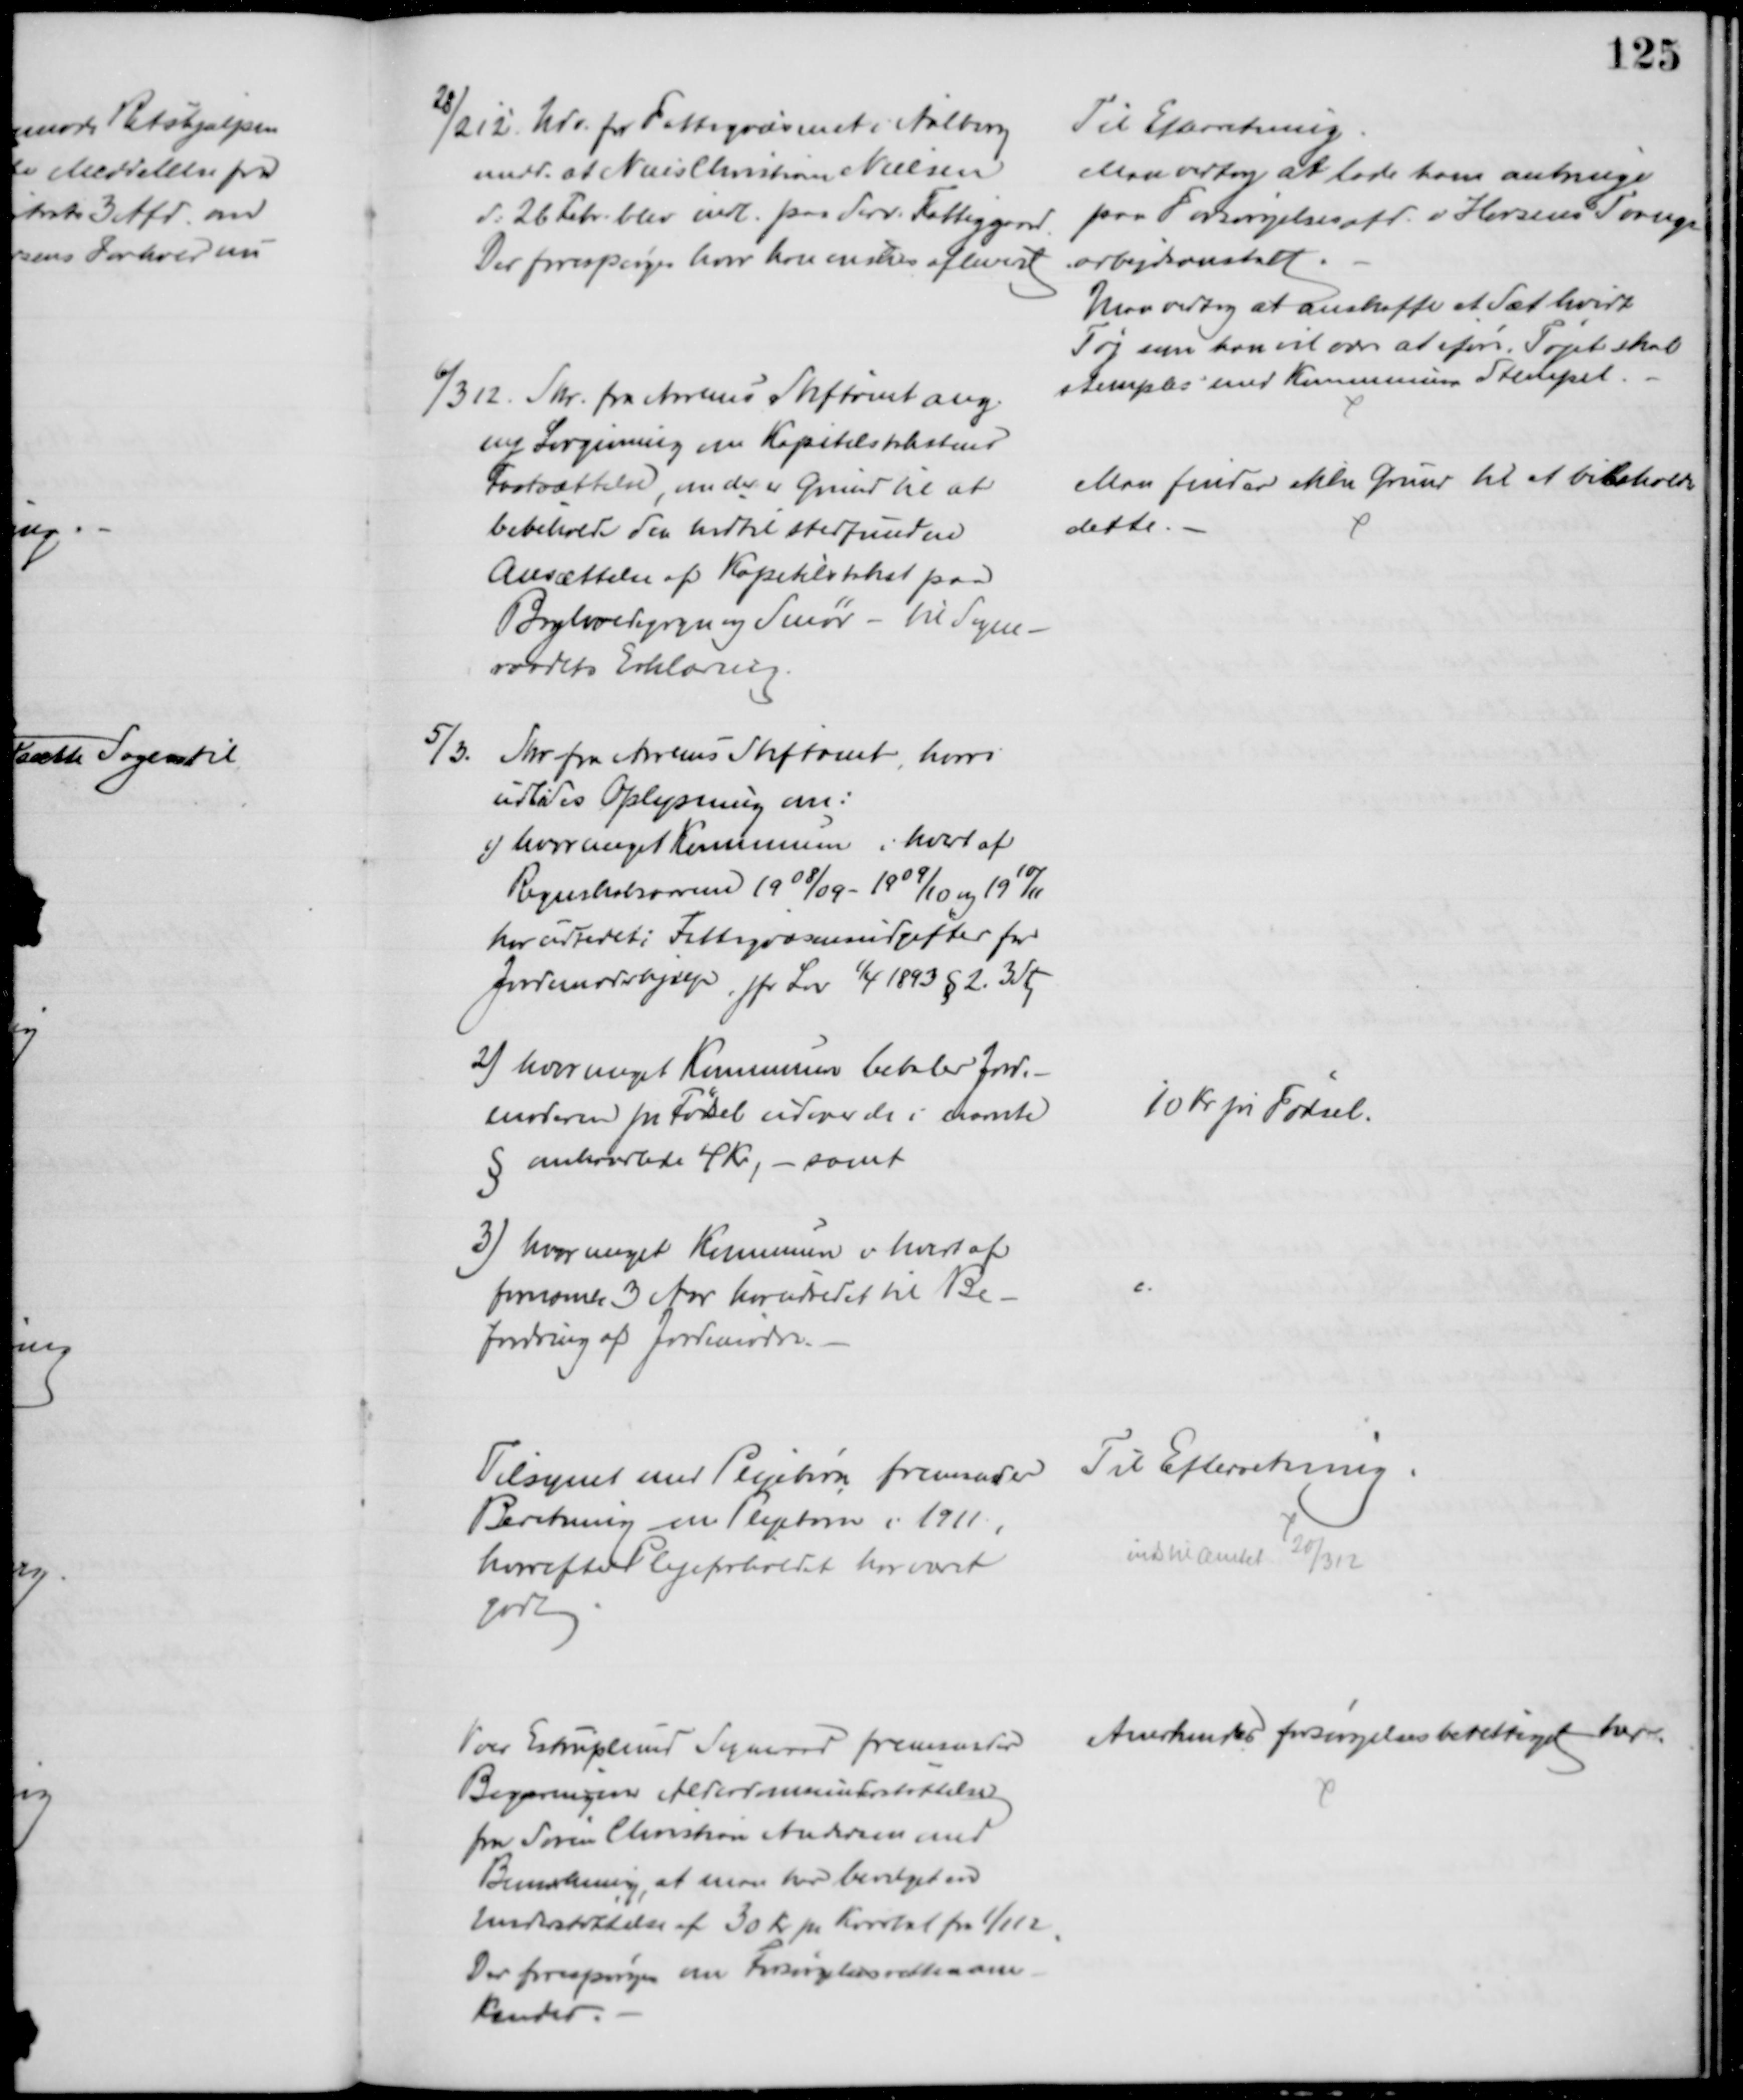
Transskription:
28/2 12. Udv. for Fattigvæsenet i Aalborg
medd. at Niels Christian Nielsen
d: 26 Febr. blev indl. paa derv. Fattiggaard.
Der forespørges hvor han ønskes afleveret
Til Efterretning
Man vedtog at lade ham anbringe
paa Forsørgelsesafd. v Horsens Tvangs
arbejdsanstalt.
Man vedtog at anskaffe at Sæt hvidt
Tøj som han vil være at iføre. Tøjet skal 
stemples med Kommunens Stempel.
6/3 12. Skr. fra Aarhus Stiftamt ang.
ny Lovgivning om Kapitelstakstens
Fastsættelse, om der er Grund til at
bibeholde den hidtil stedfundne
Ansættelse af Kapitelstakst paa
Boghvedegryn og Smør - til Sogne-
raadets Erklæring.
Man finder ikke Grund til at bibeholde
dette.
5/3
Skr. fra Aarhus Stiftamt, hvori
udbedes Oplysning om:
1) hvor meget Kommunen i hvert af
Regnskabsaarene 1908/09 - 1909/10 og 1910/11
har udredet i Fattigvæsensudgifter for
Jordemoderhjælp, jfr Lov 1/4 1893 § 2. 3 Stk
2) hvor meget Kommunen betaler Jorde-
moderen pr Fødsel udover de i nævnte
§ omhandlede 4 Kr, - samt
3) hvor meget Kommunen i hvert af
fornævnte 3 Aar har udredet til Be-
fordring af Jordemødre.
10 Kr pr Fødsel.
Tilsynet med Plejebørn fremsender
Beretning om Plejebørn i 1911,
hvorefter Plejeforholdet har været
godk
Til Efterretning
inds til Amtet 20/3 12
Voer Estruplund Sogneraad fremsender
Begæring om Alderdomsunderstøttelse
fra Søren Christian Andersen med
Bemærkning, at man har bevilget en 
Understøttelse af 30 Kr pr Kvartal fra 1/1 12
Der forespørges om Forsørgelsesretten aner-
kendes.
Anerkendes forsørgelsesberettiget her.